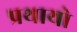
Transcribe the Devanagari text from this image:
प्रथायो